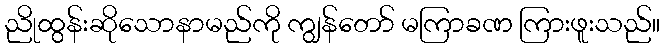
ညိုထွန်းဆိုသောနာမည်ကို ကျွန်တော် မကြာခဏ ကြားဖူးသည်။